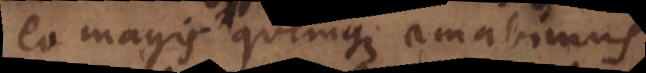
eo magis quemque amabimus,